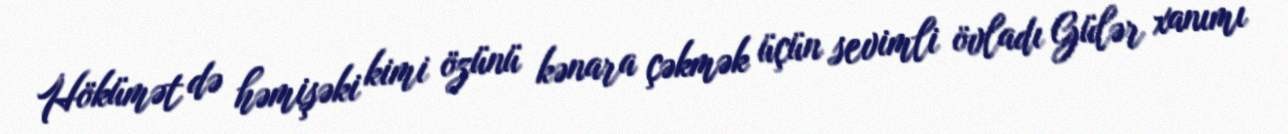
Hökümət də həmişəki kimi özünü kənara çəkmək üçün sevimli övladı Gülər xanımı